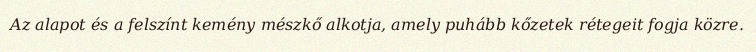
Az alapot és a felszínt kemény mészkő alkotja, amely puhább kőzetek rétegeit fogja közre.